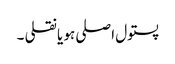
پستول اصلی ہو یا نقلی ۔